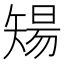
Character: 𥏫